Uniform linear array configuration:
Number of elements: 12
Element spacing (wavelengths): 0.25
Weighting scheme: kaiser
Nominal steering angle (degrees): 30
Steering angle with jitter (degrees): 30.645
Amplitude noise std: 0.05
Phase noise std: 0.05

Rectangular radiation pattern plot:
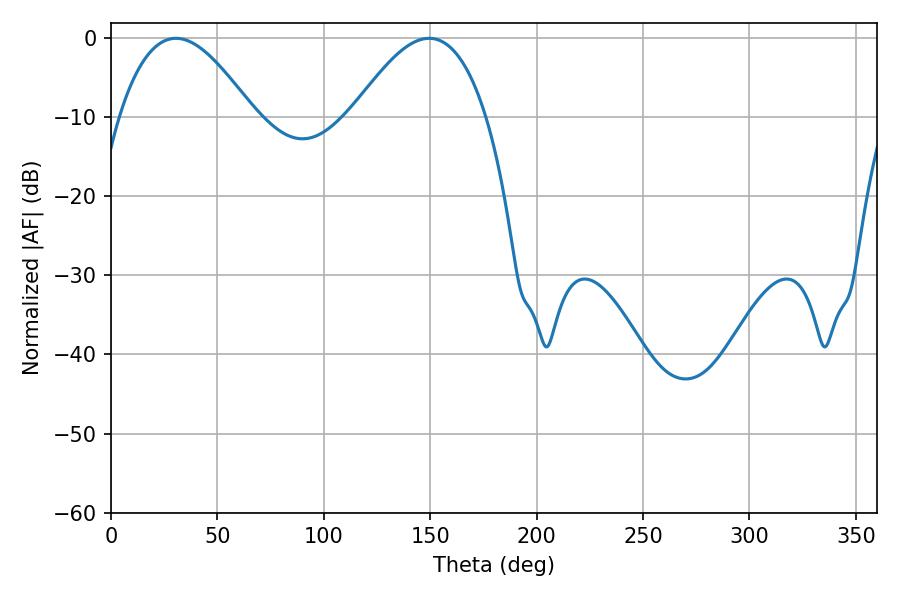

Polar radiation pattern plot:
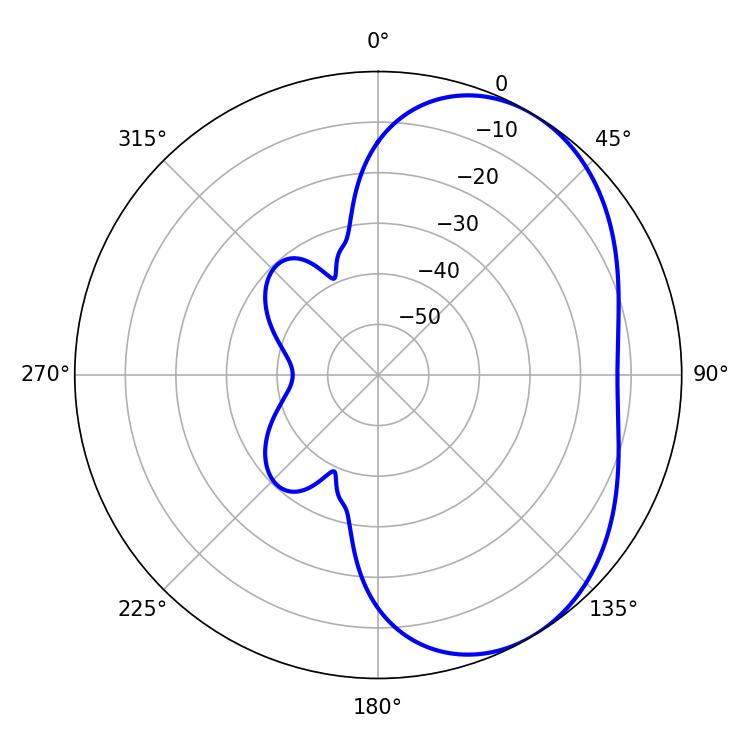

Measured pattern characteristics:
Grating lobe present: FALSE
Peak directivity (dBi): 4.367
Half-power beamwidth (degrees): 34.38
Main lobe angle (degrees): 30.6